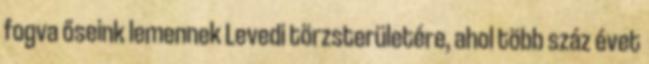
fogva őseink lemennek Levedi törzsterületére, ahol több száz évet